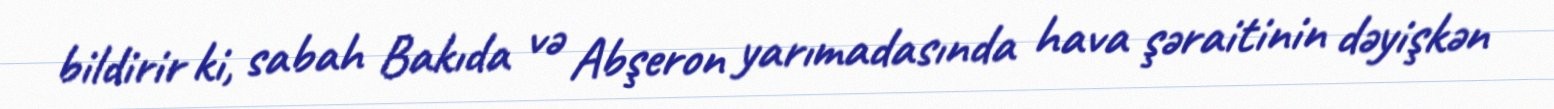
bildirir ki, sabah Bakıda və Abşeron yarımadasında hava şəraitinin dəyişkən